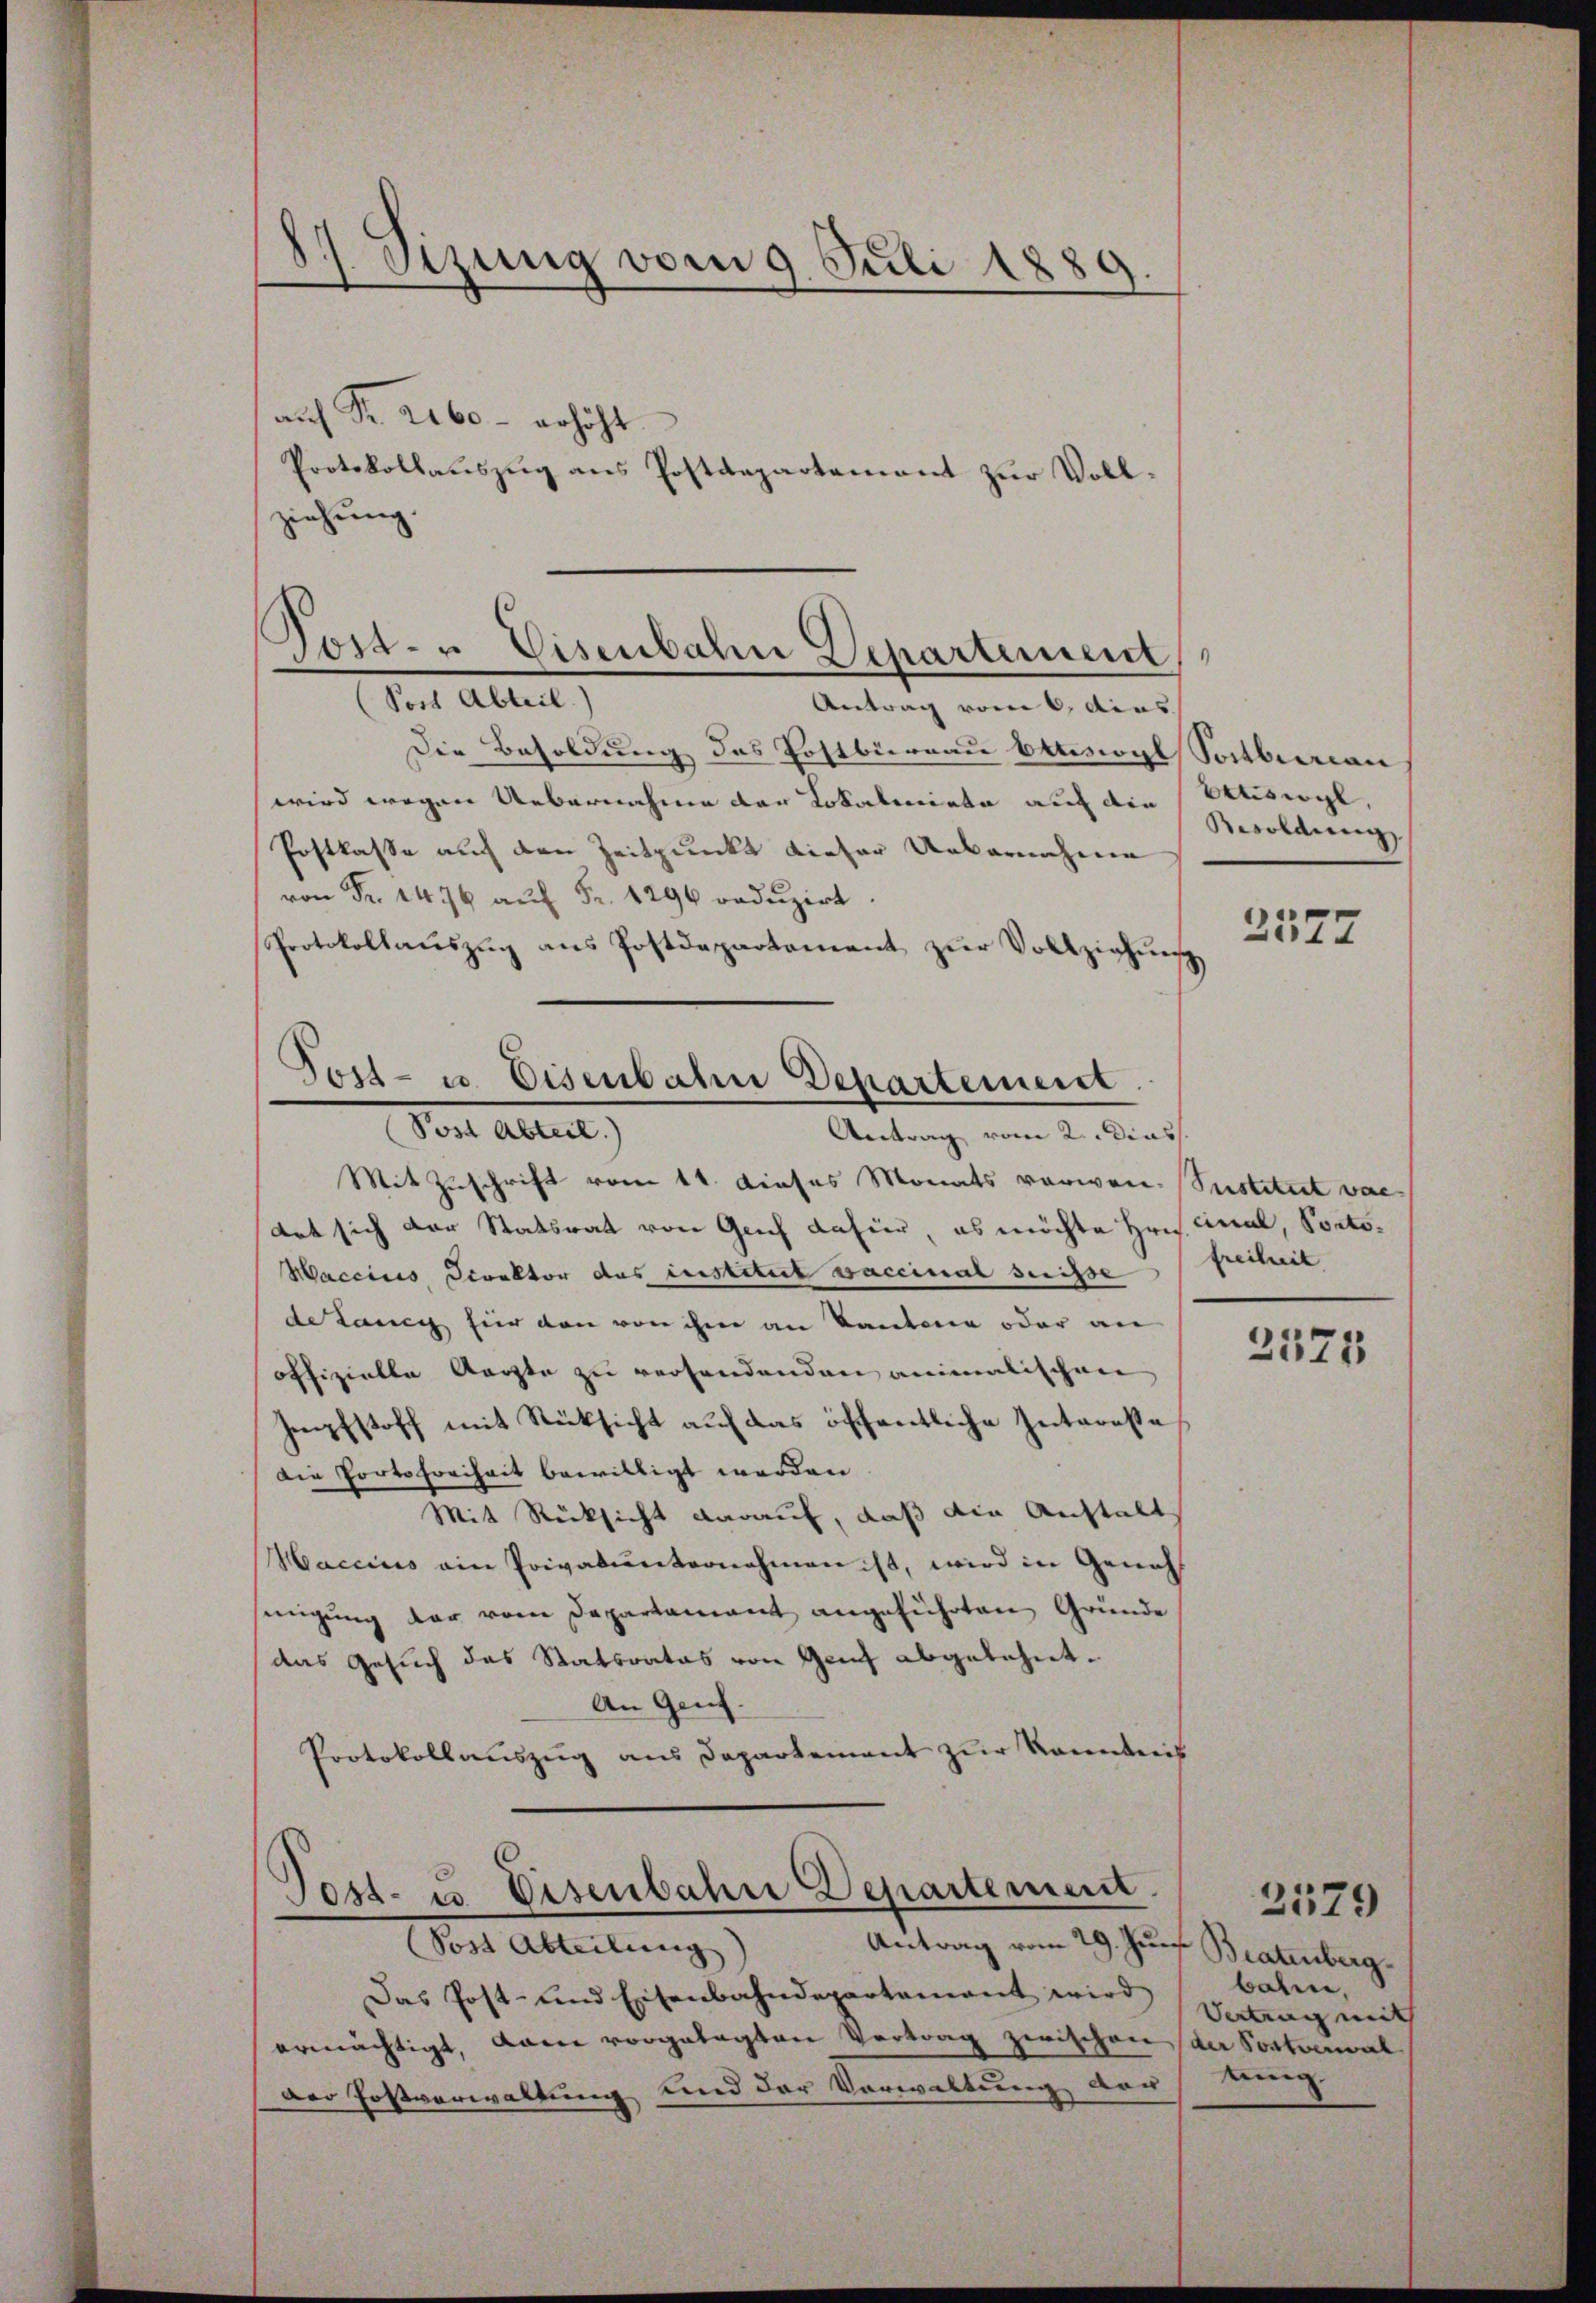
187. Sizung vom 9. Juli 1880.
d
auf Fr. Lebe - erhöht.
Protokollauszug aus Postdepartamant zur Vollziehung.

Post- u. Eisenbahn Departement
Soct Abteil.
Antrag vom 6. dies

Die Besoldung des Postbüreau besagt Sortberau
wird wegen Uebernahme der Lokalenrieta auf die Ettiswyl,
Postkasse auch den Zeitpunkt dieser Uebernahme
von Fr. 1476 aŭf Fr. 1290 redŭzirt.
Protokollauszug aus Postdepartement zur Vollziehung
8)

Post- u. Eisenbahn Departement
Post Abteil)
Antrag vom 2. dies

Mit Zuschrift vom 11. dieses Monats verwen- Sustetent vac
Art sich der Statsrat von Geich dafür, es möchte Hrn. Final, Porto¬
Maccines Direktor des Institut vaccinal suisse
de Lancy für den von ihm an Kantone oder an
offizielle Aerzte zu verhandenden animalischen
Impfstoff mit Rücksicht auf das öffentliche Intereße
Die Portofreiheit bewilligt werden
Mit Rücksicht darauf, daß die Anstalt
Maccius ain Privatunternahmen ist, wird in Geneh
singung der vom Departament angeführten Gründe
das Gesuch das Statsrates von Genf abgelehnt.
An Genf.
Protokollauszug aus Departement zur kanntnis

Test- u. Eisenbahre Departement.
(Post Abteilung
Antrag vom 29. Jun. Bratenberg.

Das Post- und Eisenbahndepartamant wird
ermächtigt, dann vorgelegten Vertrag zwischen der Postverwal
Der Postverwaltung und der Vorwaltung der

Bwoldung

2577

freiheit

2375

balen,
Vertrag mit
sang

2579